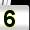
Digit: 5